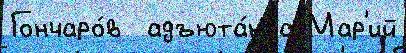
Гончаро́в  адъюта́нта Мар'ий